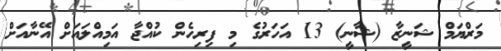
މަރްޔަމް ޝަނީޒާ (ޝާނީ) 13 އަހަރުގެ މި ފިރިހެން ކުއްޖާ އަމިއްލައަށް އޭނާއަށް